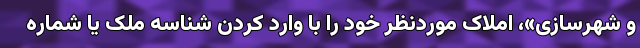
و شهرسازی»، املاک موردنظر خود را با وارد کردن شناسه ملک یا شماره